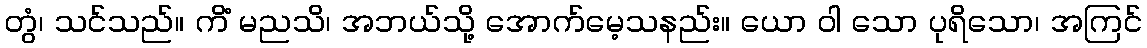
တွံ၊ သင်သည်။ ကိံ မညသိ၊ အဘယ်သို့ အောက်မေ့သနည်း။ ယော ဝါ သော ပုရိသော၊ အကြင်